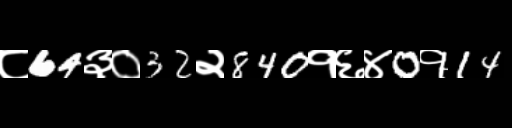
Text: ८64३०32२840१६४0१14